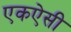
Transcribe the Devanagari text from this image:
एकऐसी